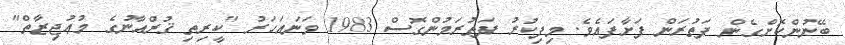
ބޭނުންކޮށްގެން ފަތުރަން ފަށާފައެވެ. މިފިކުރު ފަތުރަމުންގޮސް 1983 ވަނައަހަރު "ކީރިތި ޤުރްއާނުގެ މުޢުޖިޒާތް"